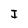
Character: I